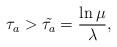
LaTeX: \begin{align*} \tau_{a}>\tilde{\tau_{a}}=\frac{\ln \mu}{\lambda},\end{align*}